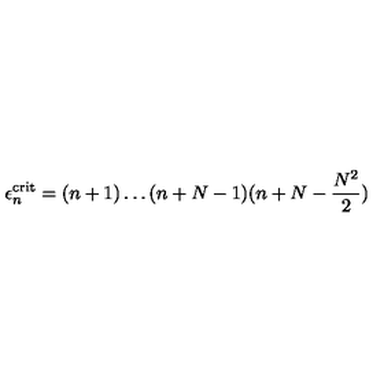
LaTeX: \epsilon _ { n } ^ { \mathrm { c r i t } } = ( n + 1 ) \dots ( n + N - 1 ) ( n + N - \frac { N ^ { 2 } } { 2 } )